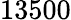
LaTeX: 13500